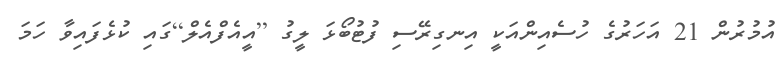
އުމުރުން 21 އަހަރުގެ ހުސެއިންއަކީ އިނގިރޭސި ފުޓުބޯޅަ ލީގު [އީއެފްއެލް]ގައި ކުޅެފައިވާ ހަމަ